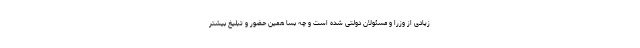
زیادی از وزرا و مسئولان دولتی شده است و چه بسا همین حضور و تبلیغ بیشتر